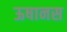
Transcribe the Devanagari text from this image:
ऊषानस